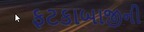
ફટકાબાજીની